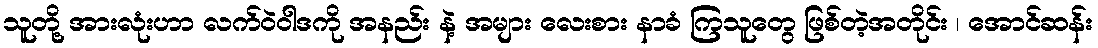
သူတို့ အားလုံးဟာ လက်ဝဲဝါဒကို အနည်း နဲ့ အများ လေးစား နာခံ ကြသူတွေ ဖြစ်တဲ့အတိုင်း ၊ အောင်ဆန်း